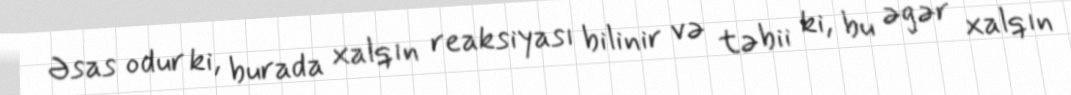
Əsas odur ki, burada xalqın reaksiyası bilinir və təbii ki, bu əgər xalqın